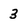
Character: 3